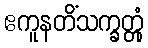
ဧကူနတိံသက္ခတ္တုံ